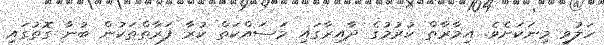
ހަލުވި މިނަކަށެވެ. އިމާރާތް ކުރުމުގެ ދާއިރާގައި މަސައްކަތް ކުރާ ފަރާތްތަކުން ބުނާ ގޮތުގައި